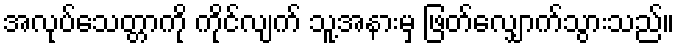
အလုပ်သေတ္တာကို ကိုင်လျက် သူ့အနားမှ ဖြတ်လျှောက်သွားသည်။